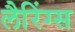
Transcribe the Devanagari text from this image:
लैरिंग्स